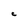
Character: C